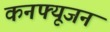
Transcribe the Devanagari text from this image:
कनफ्यूजन